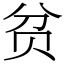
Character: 贫